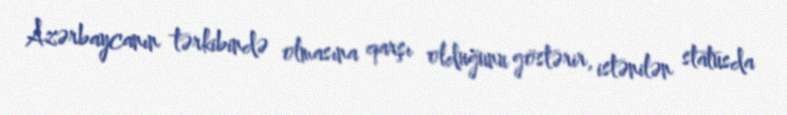
Azərbaycanın tərkibində olmasına qarşı olduğunu göstərir, istənilən statusda